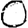
Digit: 0